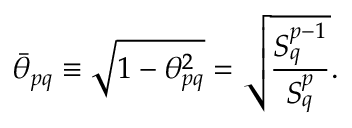
\bar { \theta } _ { p q } \equiv \sqrt { 1 - \theta _ { p q } ^ { 2 } } = \sqrt { \frac { S _ { q } ^ { p - 1 } } { S _ { q } ^ { p } } } .